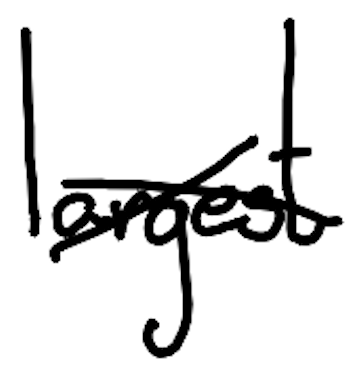
Text: largest
Cross-out: cross
Writing tool: digital_black